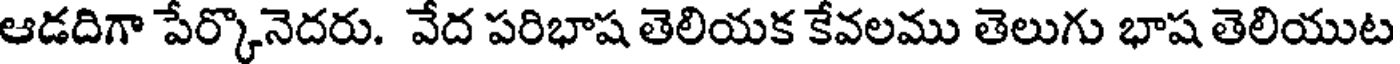
ఆడదిగా పేర్కొనెదరు. వేద పరిభాష తెలియక కేవలము తెలుగు భాష తెలియుట